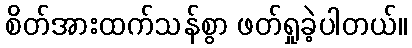
စိတ်အားထက်သန်စွာ ဖတ်ရှုခဲ့ပါတယ်။